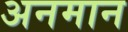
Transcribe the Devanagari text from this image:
अनमान